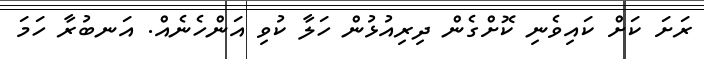
ރަށަ ކަށް ކައިވެނި ކޮށްގެން ދިރިއުޅުން ހަލާ ކުވި އަންހެނެއް. އަނބުރާ ހަމަ